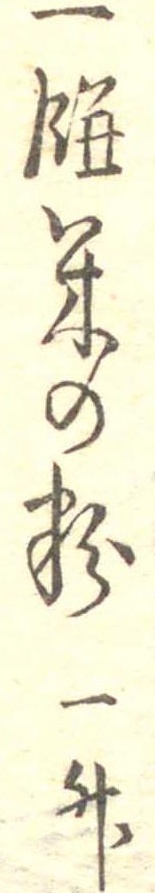
一餅米の粉一升